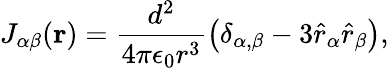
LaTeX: J_{\alpha\beta}({\mathbf r})=\frac{d^{2}}{4\pi\epsilon_{0}r^{3}}\left(\delta_{\alpha,\beta}-3\hat{r}_{\alpha}\hat{r}_{\beta}\right),